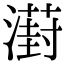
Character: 𣿝